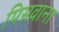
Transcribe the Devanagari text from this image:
पिसवाना